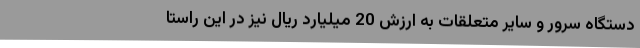
دستگاه سرور و سایر متعلقات به ارزش 20 میلیارد ریال نیز در این راستا